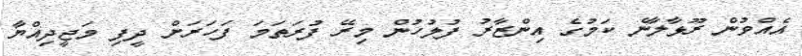
އެއްވުން ރޫޅާލާނެ ކަމުގެ އިންޒާރު ފުލުހުން މިރޭ ފުރަތަމަ ފަހަރަށް ދީފި މަޖީދިއްޔާ